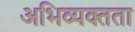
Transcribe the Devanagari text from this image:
अभिव्यक्तता